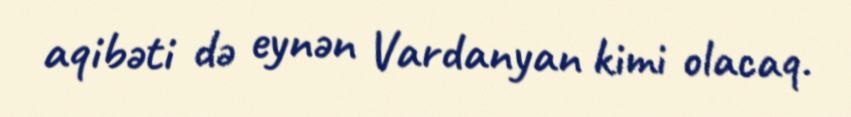
aqibəti də eynən Vardanyan kimi olacaq.